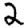
Digit: 2